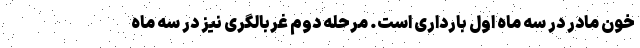
خون مادر در سه ماه اول بارداری است. مرحله دوم غربالگری نیز در سه ماه